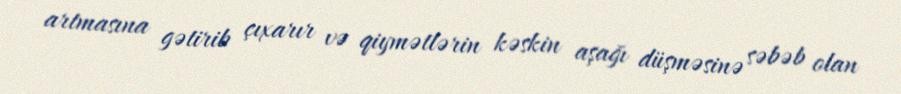
artmasına gətirib çıxarır və qiymətlərin kəskin aşağı düşməsinə səbəb olan